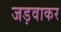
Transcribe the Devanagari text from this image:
जड़वाकर